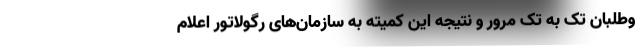
وطلبان تک به تک مرور و نتیجه این کمیته به سازمان‌های رگولاتور اعلام